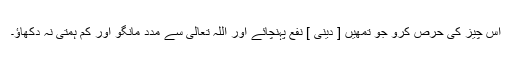
اس چیز کی حرص کرو جو تمھیں [ دینی ] نفع پہنچائے اور اللہ تعالٰی سے مدد مانگو اور کم ہمتی نہ دکھاؤ۔